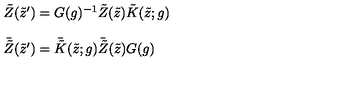
\begin{array} { l } { \tilde { Z } ( \tilde { z } ^ { \prime } ) = G ( g ) ^ { - 1 } \tilde { Z } ( \tilde { z } ) \tilde { K } ( \tilde { z } ; g ) } \\ { { } } \\ { \bar { \tilde { Z } } ( \tilde { z } ^ { \prime } ) = \bar { \tilde { K } } ( \tilde { z } ; g ) \bar { \tilde { Z } } ( \tilde { z } ) G ( g ) } \\ \end{array}